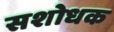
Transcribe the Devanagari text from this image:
सशोधक